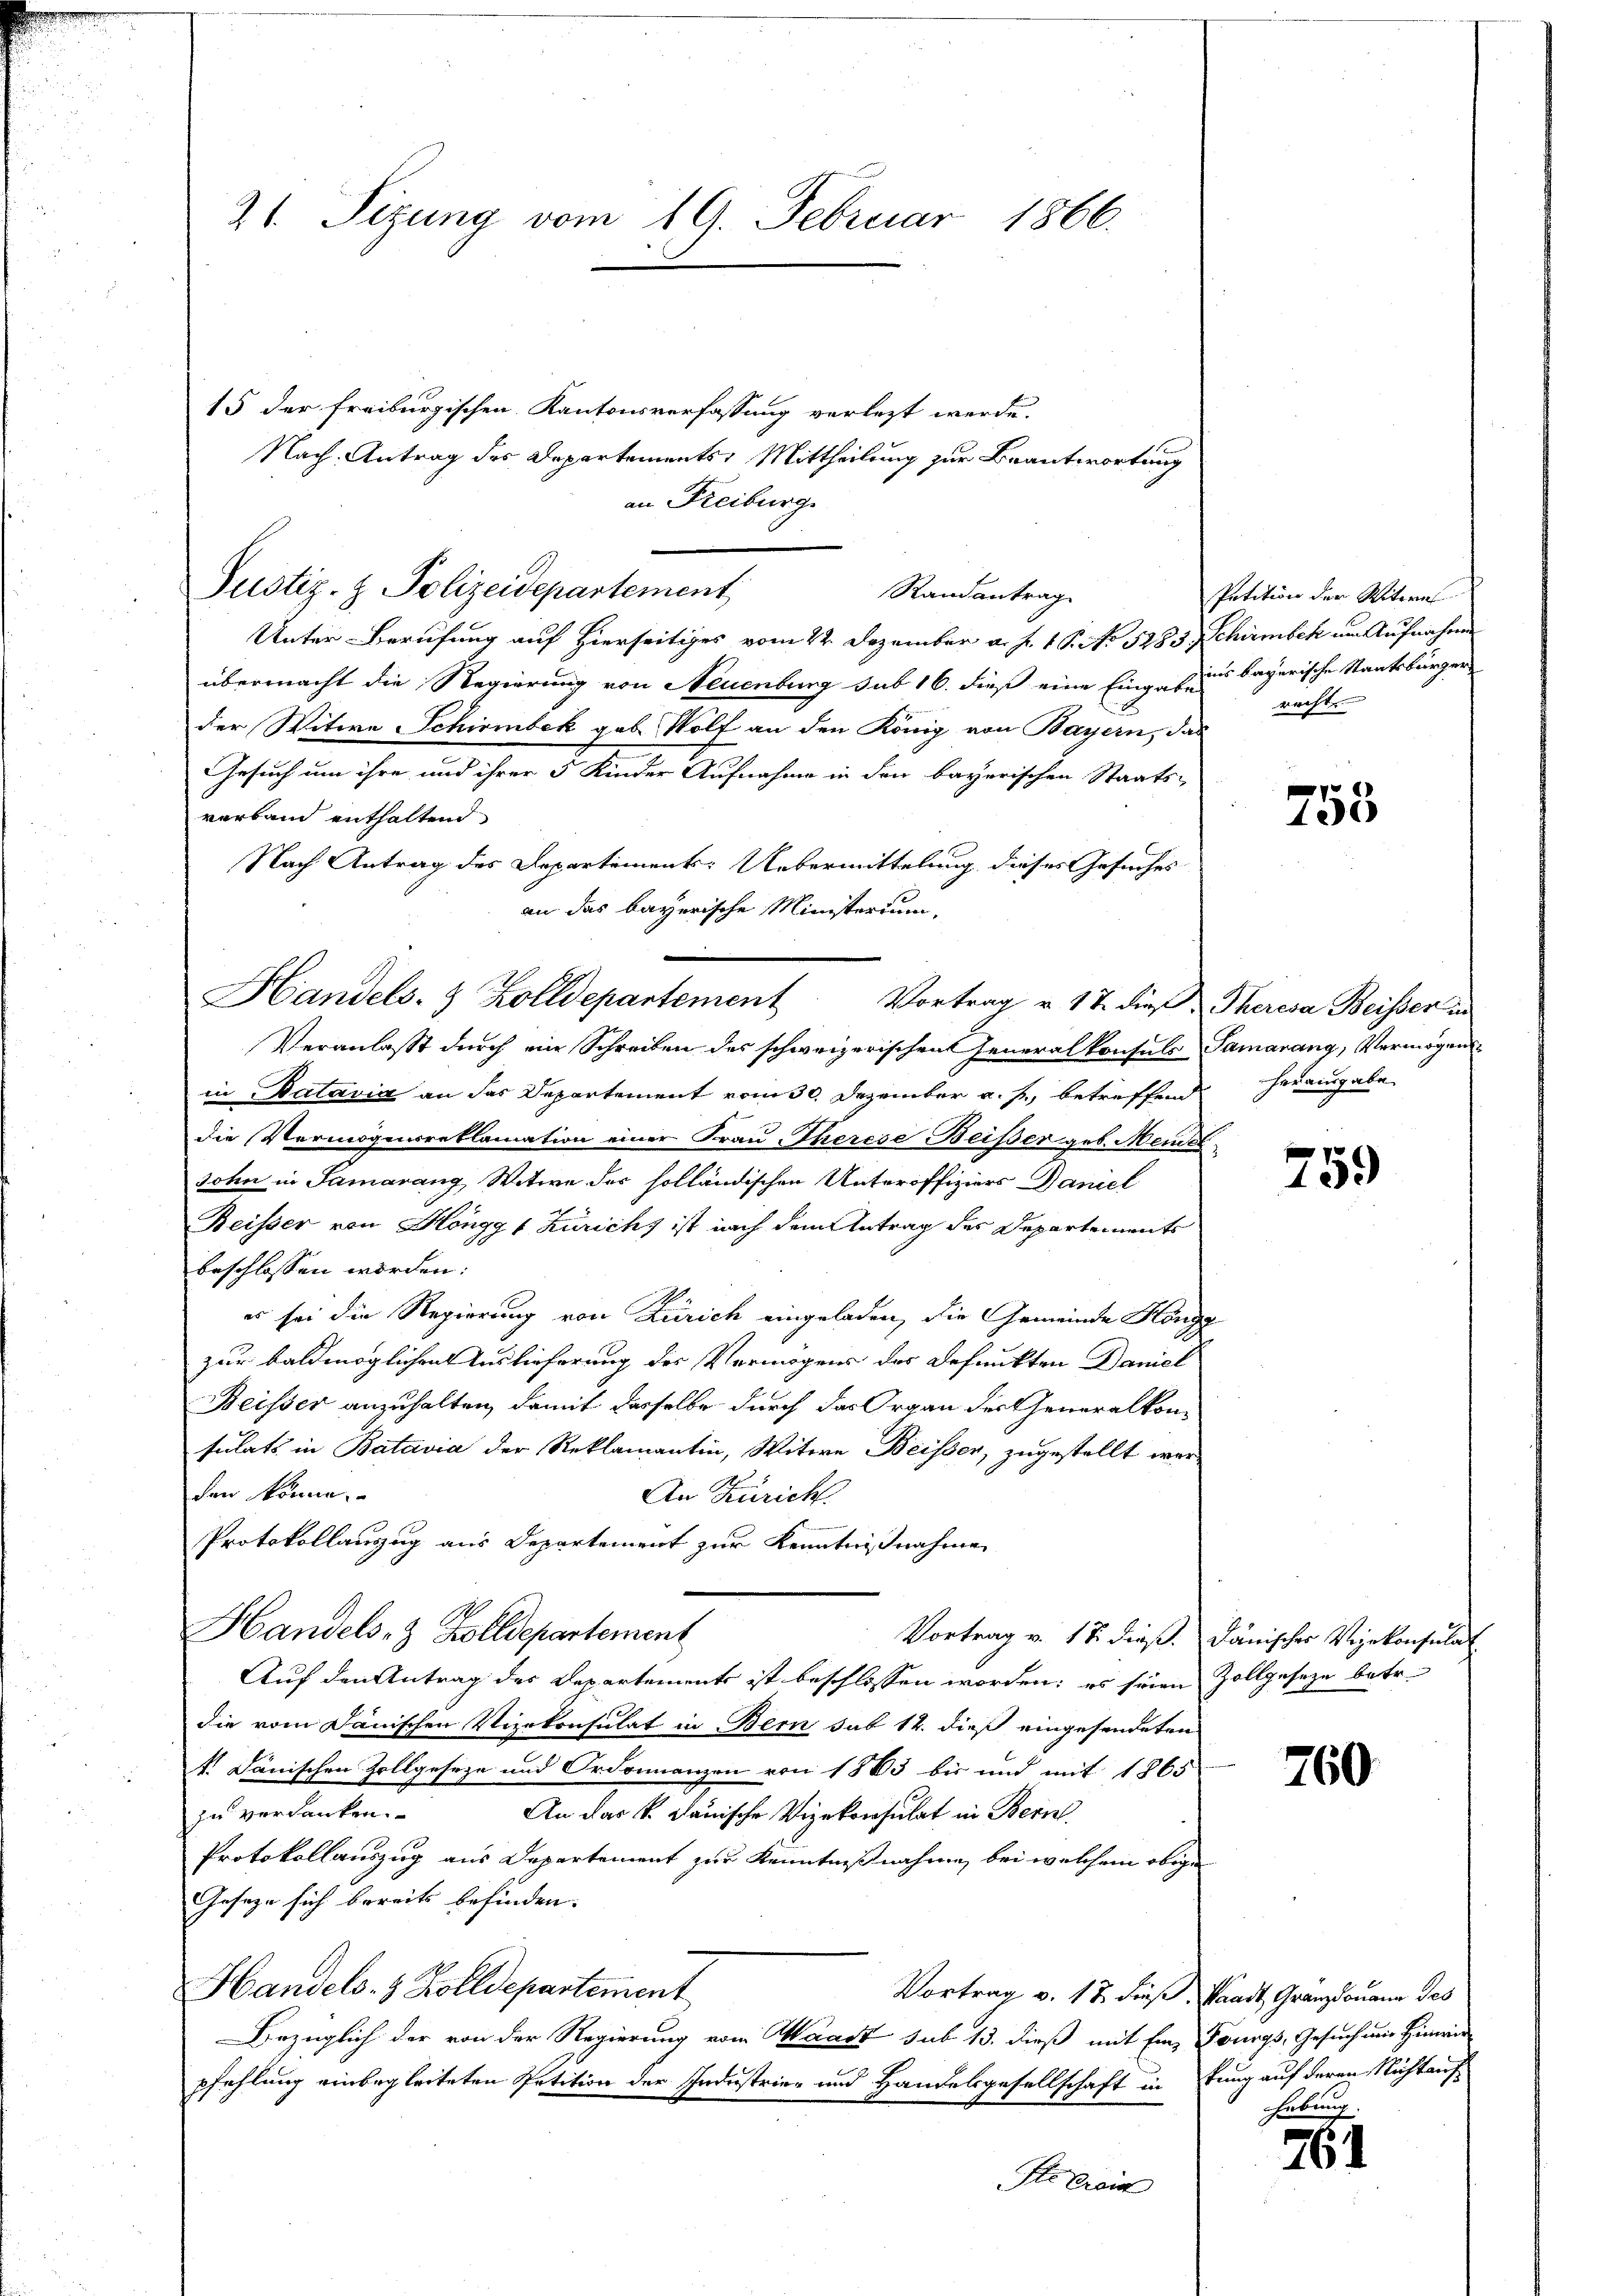
21. Sizung vom 19. Februar 1866.

15 der freiburgischen Kantonsverfassung verletzt werde.
Nach Antrag des Departements: Mittheilung zur Beantwortung
an Freiburg.
Justiz- & Polizeidepartement
Unter-Berufung auf Hierseitiges vom 22. Dezember a. f. 1 Pct. 5283 Schirmbeck um Aufnahme
übermacht die Regierung von Neuenburg sub 16. dieß eine Einge sind bayerische Staatsbürger
der Witwe Schirmbek geb. Wolf an den König von Bayern, das
Gesuch um ihre und ihrer 5 Kinder Aufnahme in den bayerischen Staats-
verband enthaltend
Nach Antrag des Departement: Uebermittelung dieses Gesuches
an das bayerische Ministerium,
Handels- & Zolldepartement. Vortrag u. 17. dieß Theresa Beissen in

Veranlasst durch ein Schreiben des schweizerischen Generalkonsuls Samarang, Vermögens¬

Randantrag

in Batavia an das Departement vom 30. Dezember a. f., betreffend herausgabe
die Vermögensreklamation einer Frau Therese Beißer geb. Meist
sohn in Samarang Witwe der solländischen Unteroffiziers Daniel
Reisser von Hönggt Zürich) ist nach dem Antrag des Departements
beschlossen worden:
es sei die Regierung von Zürich eingeladen, die Gemeinde Höngg
zur baldmöglichen Auslieferung der Vermögens der Befunkten Daniel
Reisser anzuhalten, damit dasselbe durch das Organ der Generalkomsulats in Batavia der Reklamantin, Witwe Beisser, zugestellt werden könne.
An Zürich.
Protokollanzug aus Departement zur Kenntnißnahme
Handels- & Zolldepartement
Vortrag v. 17. dieß. Dänisches Vizekonsulat
Auf den Antrag des Departements ist beschlossen worden; es seien Zollgeseze betr.
die vom Dänischen Vizekonsulat in Bern sub 12. dieß eingesendeten
k. Janischen Zollgeseze und Ordonnanzen von 1883 bis und mit 1865
zu verdanken. An das k. Danische Vizekonsulat in Bern
Protokollauszug aus Departement zur Kenntnißnahme, bei welchem obige
Geseze sich bereits befinden.
Handels- & Zolldepartement
Vortrag v. 17. dieß, sandt Granz domann des
Bezüglich der von der Regierung vom Waadt sub 13. dieß mit Eine Tourgs, Gesuch nur Hinwir
pfehlung einbegleiteten Petition der Industrien und Handelsgesellschaft in stung auf deren Nicht auf
Ste Erin

Petition der Witwes
recht

755

759

760.

nbrun

261